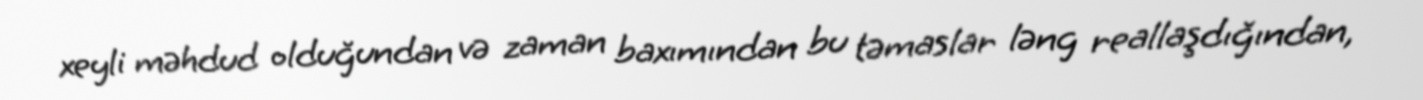
xeyli məhdud olduğundan və zaman baxımından bu təmaslar ləng reallaşdığından,